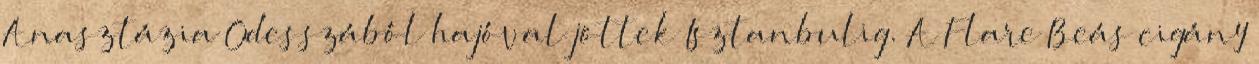
Anasztázia Odesszából hajóval jöttek Isztanbulig. A Flare Beás cigány